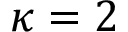
\kappa = 2